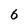
Character: 6